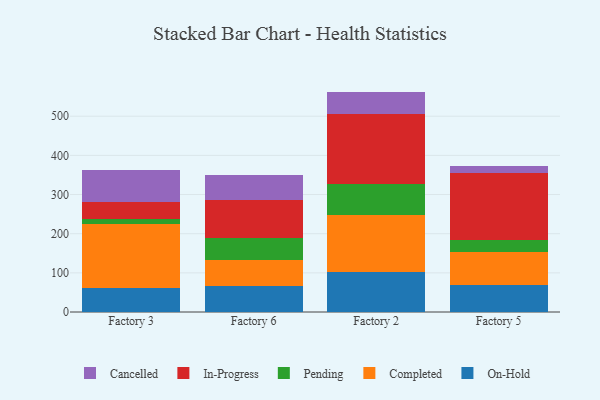
{"axis": {"x": "Factory", "y": "Humidity (%)"}, "legend": ["Cancelled", "Completed", "In-Progress", "On-Hold", "Pending"], "data": [{"x": "Factory 3", "y": 62.3, "type": "On-Hold"}, {"x": "Factory 3", "y": 163.6, "type": "Completed"}, {"x": "Factory 3", "y": 12.1, "type": "Pending"}, {"x": "Factory 3", "y": 42.2, "type": "In-Progress"}, {"x": "Factory 3", "y": 81.7, "type": "Cancelled"}, {"x": "Factory 6", "y": 65.6, "type": "On-Hold"}, {"x": "Factory 6", "y": 66.7, "type": "Completed"}, {"x": "Factory 6", "y": 56.1, "type": "Pending"}, {"x": "Factory 6", "y": 98.5, "type": "In-Progress"}, {"x": "Factory 6", "y": 62.9, "type": "Cancelled"}, {"x": "Factory 2", "y": 103.2, "type": "On-Hold"}, {"x": "Factory 2", "y": 145.6, "type": "Completed"}, {"x": "Factory 2", "y": 78.8, "type": "Pending"}, {"x": "Factory 2", "y": 177.8, "type": "In-Progress"}, {"x": "Factory 2", "y": 57.5, "type": "Cancelled"}, {"x": "Factory 5", "y": 68.1, "type": "On-Hold"}, {"x": "Factory 5", "y": 84.3, "type": "Completed"}, {"x": "Factory 5", "y": 32.6, "type": "Pending"}, {"x": "Factory 5", "y": 170.3, "type": "In-Progress"}, {"x": "Factory 5", "y": 18.6, "type": "Cancelled"}]}